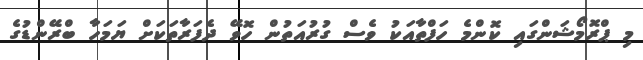
މި ޕްރޮމޯޝަންގައި ކޮންމެ ހަފްތާއަކު ވެސް ގުރުއަތުން ހޮވޭ ދެފަރާތަކަށް ޔަމަހާ ބްރޭންޑުގެ